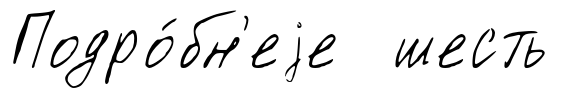
Подро́бн'еjе шесть